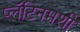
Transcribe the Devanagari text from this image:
प्लॅटिनमशी